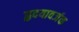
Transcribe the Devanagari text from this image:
हृदयावर्जक